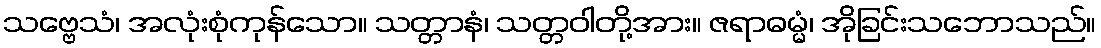
သဗ္ဗေသံ၊ အလုံးစုံကုန်သော။ သတ္တာနံ၊ သတ္တဝါတို့အား။ ဇရာဓမ္မံ၊ အိုခြင်းသဘောသည်။